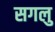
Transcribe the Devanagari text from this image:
सगलु